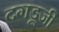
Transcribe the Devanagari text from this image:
दगडूजी